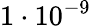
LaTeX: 1\cdot 10^{-9}